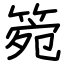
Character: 箢